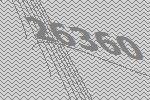
26360